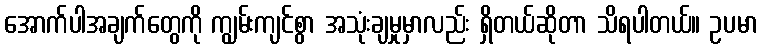
အောက်ပါအချက်တွေကို ကျွမ်းကျင်စွာ အသုံးချမှုမှာလည်း ရှိတယ်ဆိုတာ သိရပါတယ်။ ဥပမာ